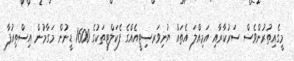
މީގެއިތުރުންވެސް ސަރުކާރާއި އަމިއްލަ އެތައް ޔުނިވަރސިޓީއެއްގެ ފެކަލްޓީތަކުގެ 1600 ޑީނުން މަގާމުން އިސްތިއުފާ